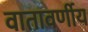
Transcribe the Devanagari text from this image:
वातावर्णीय